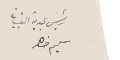
رئيس بلدية القبيات  سليم ضاهر